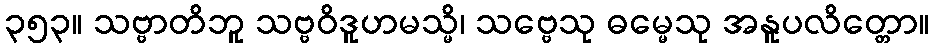
၃၅၃။ သဗ္ဗာတိဘူ သဗ္ဗဝိဒူဟမသ္မိ၊ သဗ္ဗေသု ဓမ္မေသု အနူပလိတ္တော။